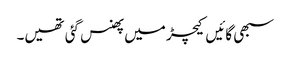
سبھی گائیں کیچڑ میں پھنس گئی تھیں۔